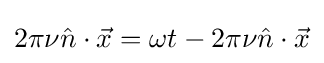
2\pi \nu {\hat {n}}\cdot {\vec {x}}=\omega t-2\pi \nu {\hat {n}}\cdot {\vec {x}}